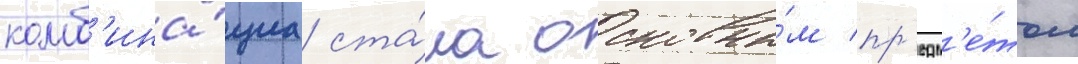
комб'ина́циа ста́ла основны́м пр'едм'е́том